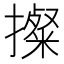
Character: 𢷂